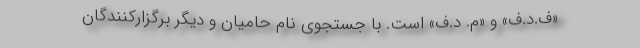
«ف.د.ف» و «م. د.ف» است. با جستجوی نام حامیان و دیگر برگزارکنندگان